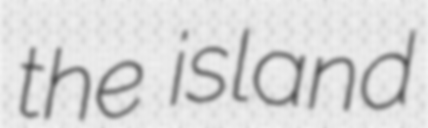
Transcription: the island